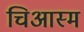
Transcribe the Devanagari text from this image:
चिआस्म